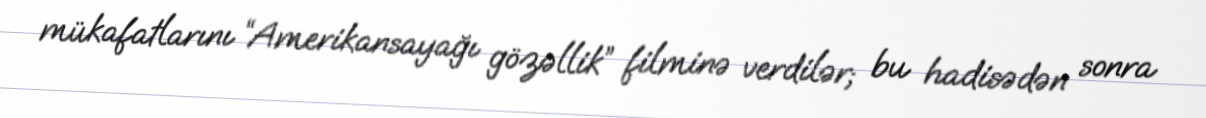
mükafatlarını “Amerikansayağı gözəllik” filminə verdilər; bu hadisədən sonra